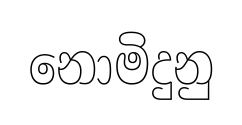
නොමිදුනු